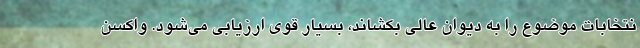
نتخابات موضوع را به دیوان عالی بکشاند، بسیار قوی ارزیابی می‌شود. واکسن